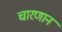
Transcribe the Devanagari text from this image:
चारणान